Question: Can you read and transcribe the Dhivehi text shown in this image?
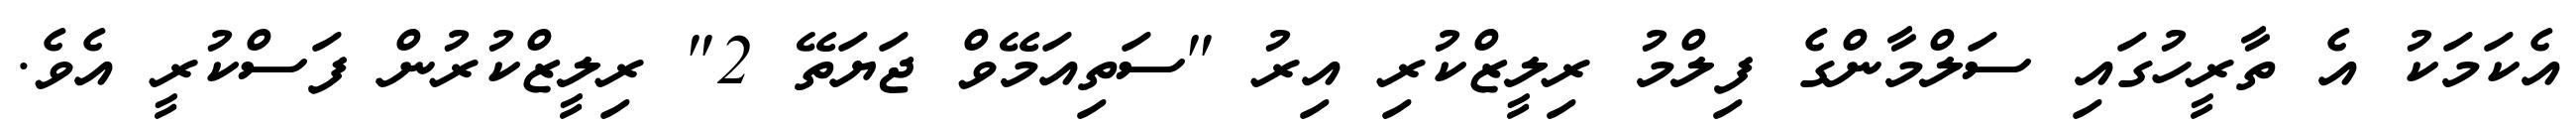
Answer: އެކަމަކު އެ ތާރީހުގައި ސަލްމާންގެ ފިލްމު ރިލީޒްކުރި އިރު "ސަތިއަމޭވް ޖަޔަތޭ 2" ރިލީޒްކުރުން ފަސްކުރީ އެވެ.